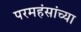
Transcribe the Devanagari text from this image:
परमहंसांच्या